Annual statistical returns and brief notes on vaccination in Bengal - 1887-1898
Year: 1887
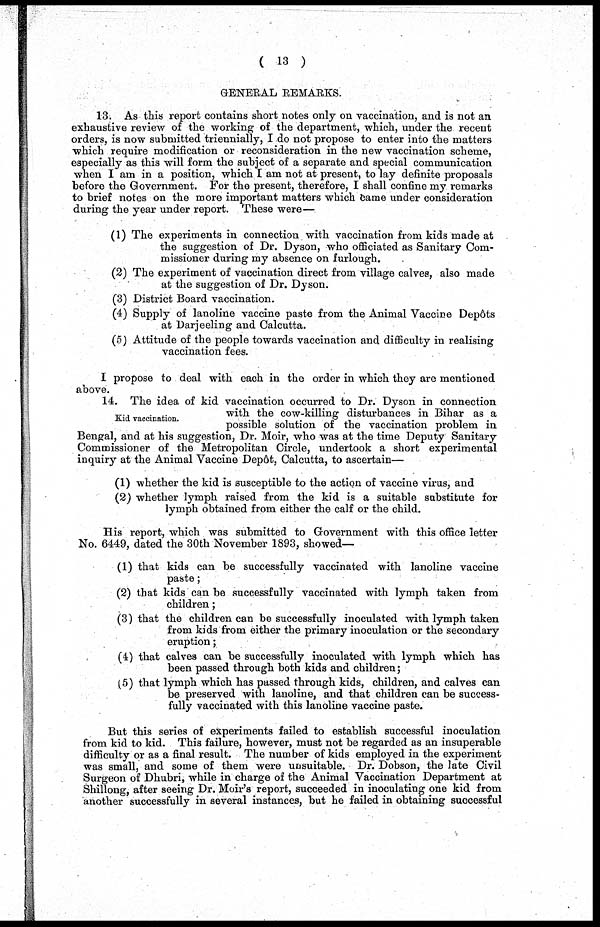
(13)
GENERAL REMARKS.
13. As this report contains short notes only on vaccination, and is not an
exhaustive review of the working of the department, which, under the recent
orders, is now submitted triennially, I do not propose to enter into the matters
which require modification or reconsideration in the new vaccination scheme,
especially as this will form the subject of a separate and special communication
when I am in a position, which I am not at present, to lay definite proposals
before the Government. For the present, therefore, I shall confine my remarks
to brief notes on the more important matters which came under consideration
during the year under report. These were—
(1) The experiments in connection with vaccination from kids made at
the suggestion of Dr. Dyson, who officiated as Sanitary Com-
missioner during my absence on furlough.
(2) The experiment of vaccination direct from village calves, also made
at the suggestion of Dr. Dyson.
(3) District Board vaccination.
(4) Supply of lanoline vaccine paste from the Animal Vaccine Depôts
at Darjeeling and Calcutta.
(5) Attitude of the people towards vaccination and difficulty in realising
vaccination fees.
I propose to deal with each in the order in which they are mentioned
above.
Kid vaccination.
14. The idea of kid vaccination occurred to Dr. Dyson in connection
with the cow-killing disturbances in Bihar as a
possible solution of the vaccination problem in
Bengal, and at his suggestion, Dr. Moir, who was at the time Deputy Sanitary
Commissioner of the Metropolitan Circle, undertook a short experimental
inquiry at the Animal Vaccine Depôt, Calcutta, to ascertain—
(1) whether the kid is susceptible to the action of vaccine virus, and
(2) whether lymph raised from the kid is a suitable substitute for
lymph obtained from either the calf or the child.
His report, which was submitted to Government with this office letter
No. 6449, dated the 30th November 1893, showed—
(1) that kids can be successfully vaccinated with lanoline vaccine
paste;
(2) that kids can be successfully vaccinated with lymph taken from
children;
(3) that the children can be successfully inoculated with lymph taken
from kids from either the primary inoculation or the secondary
eruption;
(4) that calves can be successfully inoculated with lymph which has
been passed through both kids and children;
(5) that lymph which has passed through kids, children, and calves can
be preserved with lanoline, and that children can be success-
fully vaccinated with this lanoline vaccine paste.
But this series of experiments failed to establish successful inoculation
from kid to kid. This failure, however, must not be regarded as an insuperable
difficulty or as a final result. The number of kids employed in the experiment
was small, and some of them were unsuitable. Dr. Dobson, the late Civil
Surgeon of Dhubri, while in charge of the Animal Vaccination Department at
Shillong, after seeing Dr. Moir's report, succeeded in inoculating one kid from
another successfully in several instances, but he failed in obtaining successful